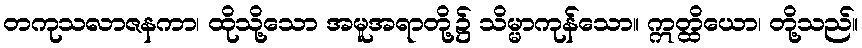
တကုသလာဇနကာ၊ ထိုသို့သော အမူအရာတို့၌ သိမ္မာကုန်သော။ ဣတ္ထိယော၊ တို့သည်။